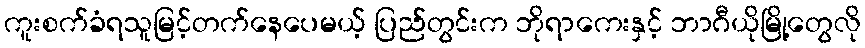
ကူးစက်ခံရသူမြင့်တက်နေပေမယ့် ပြည်တွင်းက ဘိုရာကေးနှင့် ဘာဂီယိုမြို့တွေလို